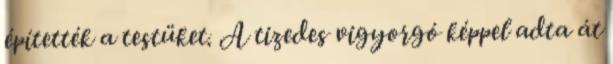
építették a testüket. A tizedes vigyorgó képpel adta át